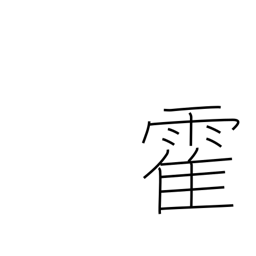
Meaning: sudden